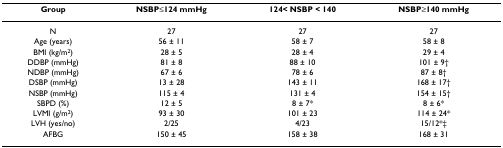
| Group | NSBP≤124 mmHg | 124< NSBP < 140 | NSBP≥140 mmHg |
 | --- | --- | --- | --- |
 | N | 27 | 27 | 27 |
 | Age (years) | 56 ± 11 | 58 ± 7 | 58 ± 8 |
 | BMI (kg/m2) | 28 ± 5 | 28 ± 4 | 29 ± 4 |
 | DDBP (mmHg) | 81 ± 8 | 88 ± 10 | 101 ± 9† |
 | NDBP (mmHg) | 67 ± 6 | 78 ± 6 | 87 ± 8† |
 | DSBP (mmHg) | 13 ± 28 | 143 ± 11 | 168 ± 17† |
 | NSBP (mmHg) | 115 ± 4 | 131 ± 4 | 154 ± 15† |
 | SBPD (%) | 12 ± 5 | 8 ± 7* | 8 ± 6* |
 | LVMI (g/m2) | 93 ± 30 | 101 ± 23 | 114 ± 24* |
 | LVH (yes/no) | 2/25 | 4/23 | 15/12*‡ |
 | AFBG | 150 ± 45 | 158 ± 38 | 168 ± 31 |